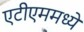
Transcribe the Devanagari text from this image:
एटीएममध्ये